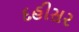
દહીસર